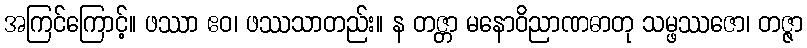
အကြင်ကြောင့်။ ဖဿာ ဧဝ၊ ဖဿသာတည်း။ န တဇ္တာ မနောဝိညာဏဓာတု သမ္ဖဿဇော၊ တဇ္ဇာ